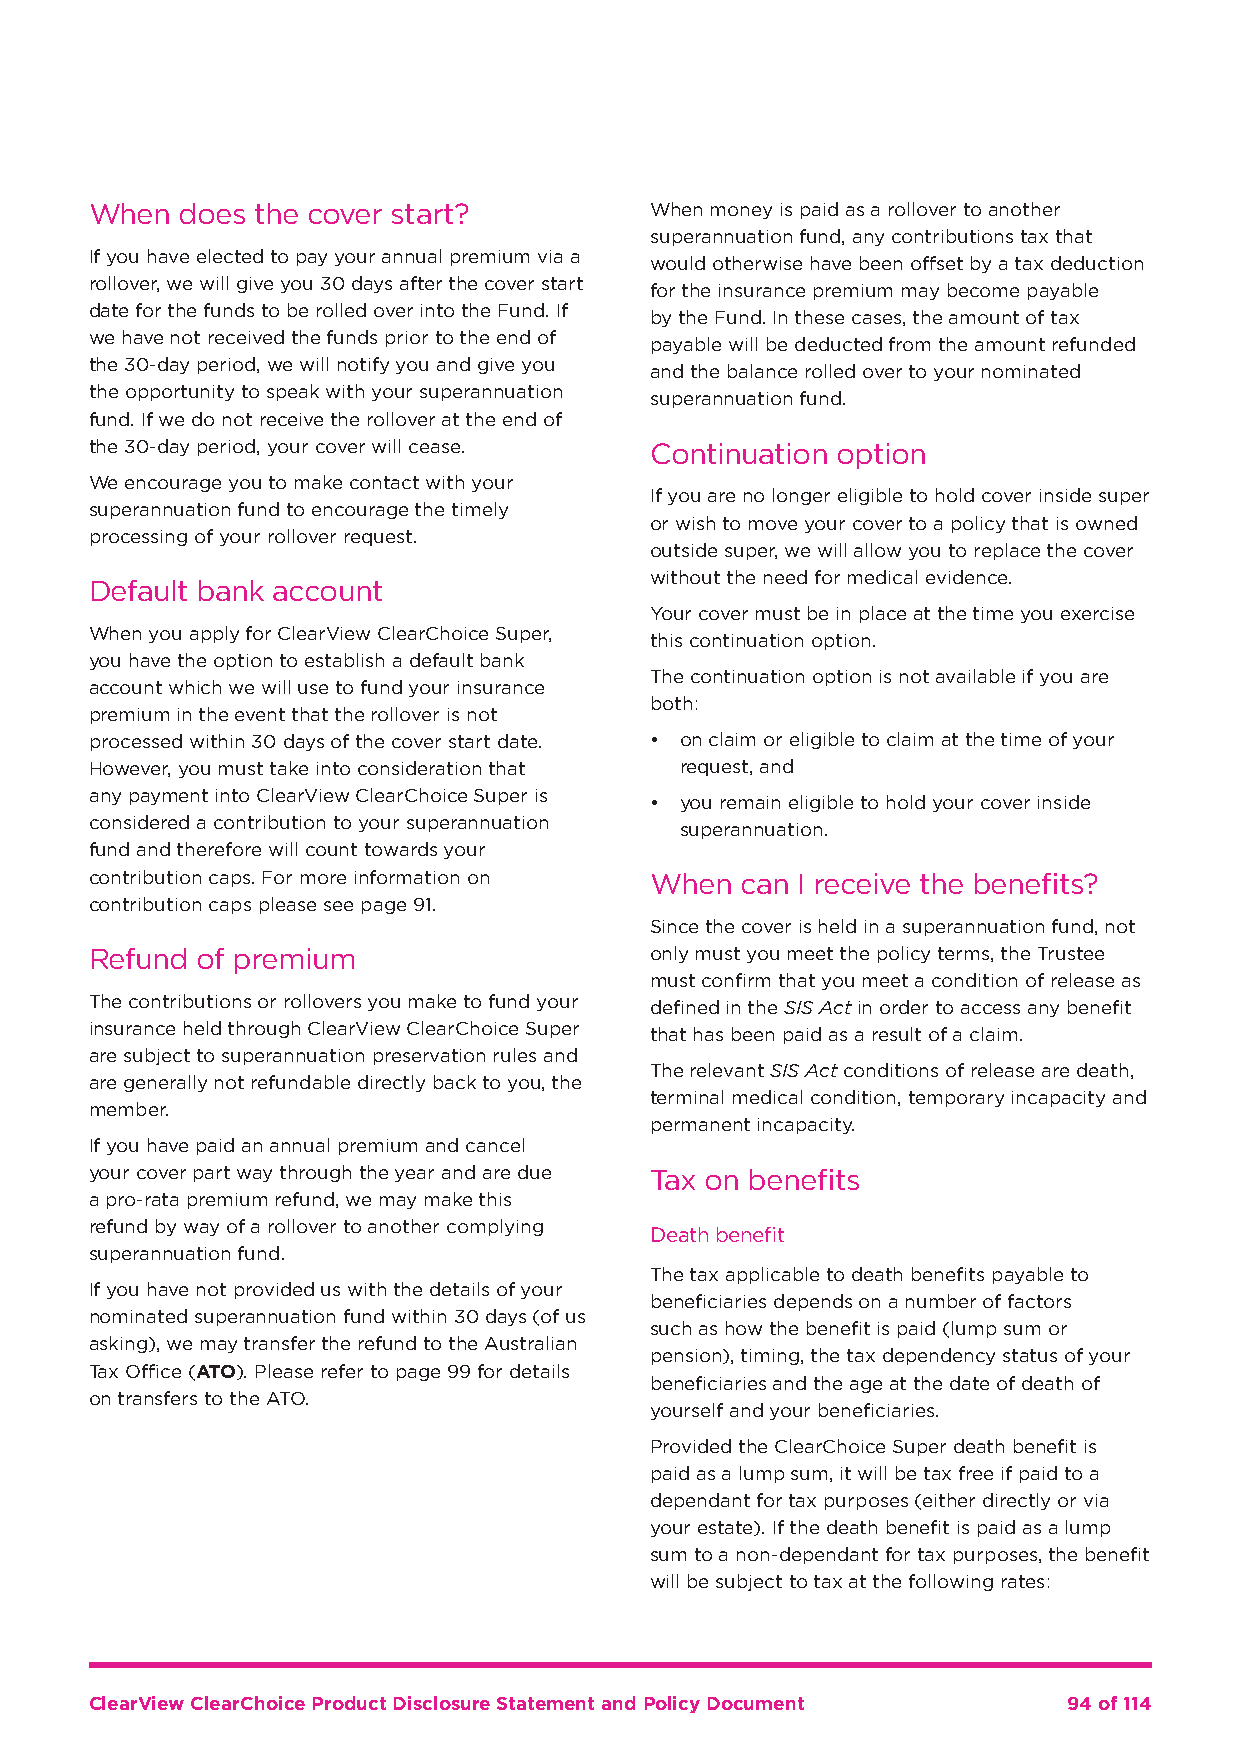
When  does the cover start?          When money is paid as a rollover to another
 superannuation fund, any contributions tax that
 If you have elected to pay your annual premium via a
 would otherwise have been offset by a tax deduction
 rollover, we will give you 30 days after the cover start
 for the insurance premium may become payable
 date for the funds to be rolled over into the Fund. If
 by the Fund. In these cases, the amount of tax
 we have not received the funds prior to the end of
 payable will be deducted from the amount refunded
 the 30-day period, we will notify you and give you
 and the balance rolled over to your nominated
 the opportunity to speak with your superannuation
 superannuation fund.
 fund. If we do not receive the rollover at the end of
 the 30-day period, your cover will cease. Continuation option
 We encourage you to make contact with your
 If you are no longer eligible to hold cover inside super
 superannuation fund to encourage the timely
 or wish to move your cover to a policy that is owned
 processing of your rollover request.
 outside super, we will allow you to replace the cover
 without the need for medical evidence.
 Default bank account
 Your cover must be in place at the time you exercise
 When you apply for ClearView ClearChoice Super,
 this continuation option.
 you have the option to establish a default bank
 The continuation option is not available if you are
 account which we will use to fund your insurance
 both:
 premium in the event that the rollover is not
 processed within 30 days of the cover start date. • on claim or eligible to claim at the time of your
 However, you must take into consideration that request, and
 any payment into ClearView ClearChoice Super is
 • you remain eligible to hold your cover inside
 considered a contribution to your superannuation
 superannuation.
 fund and therefore will count towards your
 contribution caps. For more information on When can I receive the benefits?
 contribution caps please see page 91.
 Since the cover is held in a superannuation fund, not
 Refund of premium                    only must you meet the policy terms, the Trustee
 must confirm that you meet a condition of release as
 The contributions or rollovers you make to fund your defined in the SIS Act in order to access any benefit
 insurance held through ClearView ClearChoice Super
 that has been paid as a result of a claim.
 are subject to superannuation preservation rules and
 The relevant SIS Act conditions of release are death,
 are generally not refundable directly back to you, the
 terminal medical condition, temporary incapacity and
 member.
 permanent incapacity.
 If you have paid an annual premium and cancel
 your cover part way through the year and are due Tax on benefits
 a pro-rata premium refund, we may make this
 refund by way of a rollover to another complying
 Death benefit
 superannuation fund.
 The tax applicable to death benefits payable to
 If you have not provided us with the details of your
 beneficiaries depends on a number of factors
 nominated superannuation fund within 30 days (of us
 such as how the benefit is paid (lump sum or
 asking), we may transfer the refund to the Australian
 pension), timing, the tax dependency status of your
 Tax Office (ATO). Please refer to page 99 for details
 beneficiaries and the age at the date of death of
 on transfers to the ATO.
 yourself and your beneficiaries.
 Provided the ClearChoice Super death benefit is
 paid as a lump sum, it will be tax free if paid to a
 dependant for tax purposes (either directly or via
 your estate). If the death benefit is paid as a lump
 sum to a non-dependant for tax purposes, the benefit
 will be subject to tax at the following rates:
 ClearView ClearChoice Product Disclosure Statement and Policy Document 94 of 114